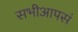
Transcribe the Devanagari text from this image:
सभीआपसं